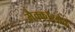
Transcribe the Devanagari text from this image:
मैक्कॉरमैक